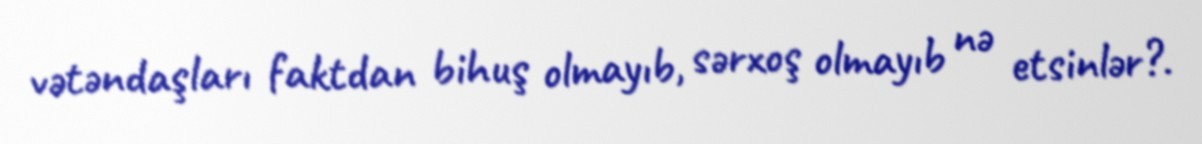
vətəndaşları faktdan bihuş olmayıb, sərxoş olmayıb nə etsinlər?.